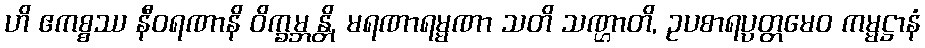
ဟိ ဧကစ္စဿ နီဝရဏာနိ ဝိက္ခမ္ဘန္တိ, မရဏာရမ္မဏာ သတိ သဏ္ဌာတိ, ဥပစာရပ္ပတ္တမေဝ ကမ္မဋ္ဌာနံ